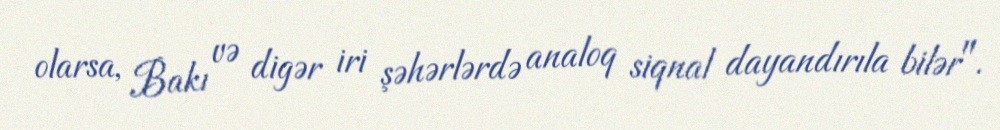
olarsa, Bakı və digər iri şəhərlərdə analoq siqnal dayandırıla bilər".